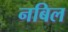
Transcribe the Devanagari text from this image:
नबिल